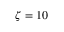
\zeta = 1 0